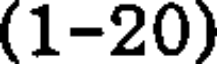
(1-20)